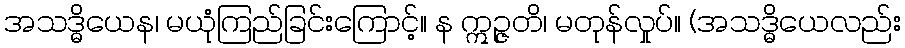
အသဒ္ဓိယေန၊ မယုံကြည်ခြင်းကြောင့်။ န ဣဉ္ဇတိ၊ မတုန်လှုပ်။ (အသဒ္ဓိယေလည်း